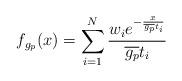
LaTeX: \begin{align*} f_{g_p}(x) =\sum\limits_{i=1}^N \frac{w_i e^{-\frac{x}{\overline{g_p} t_i }}}{ \overline{g_p} t_i } \end{align*}